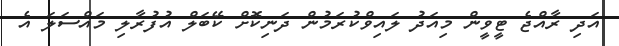
އަދި ރާއްޖެ ޓީވީން މިއަދު ލައިވްކުރަމުން ދަނިކޮށް ކޭބަލް އުފުރާލި މައްސަލަ އެ